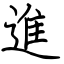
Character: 進